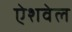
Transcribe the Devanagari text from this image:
ऐशवेल